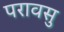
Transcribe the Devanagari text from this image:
परावसु